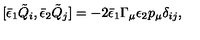
[ { \bar { \epsilon } } _ { 1 } { \tilde { Q } } _ { i } , { \bar { \epsilon } } _ { 2 } { \tilde { Q } } _ { j } ] = - 2 { \bar { \epsilon } _ { 1 } } \Gamma _ { \mu } \epsilon _ { 2 } p _ { \mu } \delta _ { i j } ,